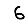
Digit: 6